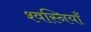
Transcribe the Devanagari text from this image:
श्वस्नियाँ